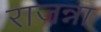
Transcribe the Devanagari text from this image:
राजन्ना